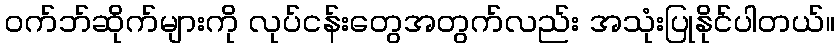
ဝက်ဘ်ဆိုက်များကို လုပ်ငန်းတွေအတွက်လည်း အသုံးပြုနိုင်ပါတယ်။